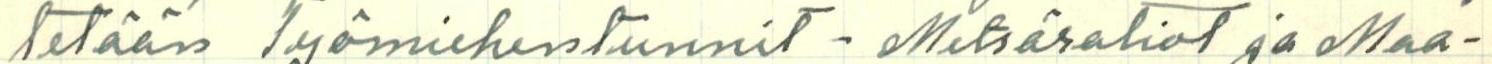
tetään Työmiehentunnit - Metsäratiot ja Maa-